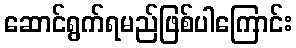
ဆောင်ရွက်ရမည်ဖြစ်ပါကြောင်း